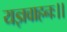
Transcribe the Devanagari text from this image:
यज्ञवाहनः।।